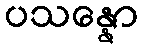
ပသန္နော